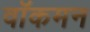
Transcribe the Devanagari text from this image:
वॉकमन